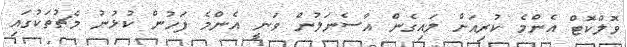
ވޮލްކޮޓް އެންމެ ކުރިއަށް ލައިގެން އާސެނަލުން ވަނީ އެންމެ ފަހުން ކުޅުނު މެޗުތަކުގައި